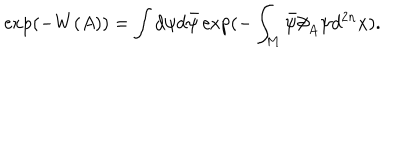
\exp ( - W ( A ) ) = \int d \psi d \bar { \psi } \exp ( - \int _ { M } \bar { \psi } \partial \! \! \! / _ { A } \psi d ^ { 2 n } x ) .